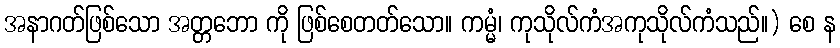
အနာဂတ်ဖြစ်သော အတ္တဘော ကို ဖြစ်စေတတ်သော။ ကမ္မံ၊ ကုသိုလ်ကံအကုသိုလ်ကံသည်။) စေ န